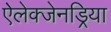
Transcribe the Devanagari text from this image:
ऐलेक्जेनड्रिया